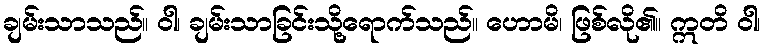
ချမ်းသာသည်။ ဝါ၊ ချမ်းသာခြင်းသို့ရောက်သည်။ ဟောမိ၊ ဖြစ်လို၏။ ဣတိ ဝါ၊